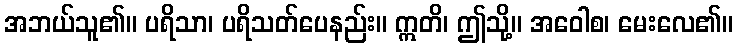
အဘယ်သူ၏။ ပရိသာ၊ ပရိသတ်ပေနည်း။ ဣတိ၊ ဤသို့။ အဝေါစ၊ မေးလေ၏။